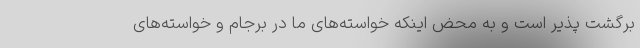
برگشت پذیر است و به محض اینکه خواسته‌های ما در برجام و خواسته‌‌های